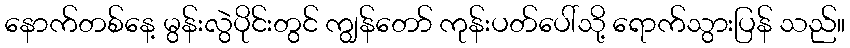
နောက်တစ်နေ့ မွန်းလွဲပိုင်းတွင် ကျွန်တော် ကုန်းပတ်ပေါ်သို့ ရောက်သွားပြန် သည်။